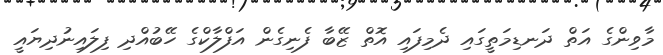
މާވިންގެ އަތް ދަނޑިމަތީގައި ދެމިފައި އޮތް ޒޭބާ ފެނިގެން އަފްލާކްގެ ހޭބުއްދި ފިލައިނުދިޔައީ